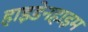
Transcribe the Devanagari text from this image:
हाइडेनहाइम